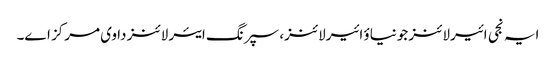
ایہ نجی ائیرلائنز جونیاؤ ائیرلائنز، سپرنگ ایئر لائنز دا وی مرکز ا‏‏ے۔